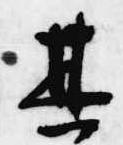
其